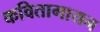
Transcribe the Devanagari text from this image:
कवितागायन